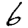
Digit: 6